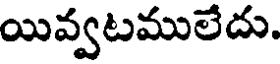
యివ్వటములేదు.